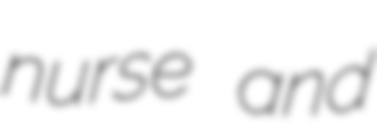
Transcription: nurse and